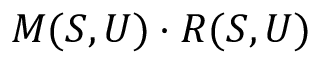
M ( S , U ) \cdot R ( S , U )